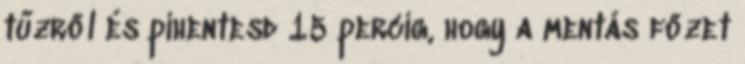
tűzről és pihentesd 15 percig, hogy a mentás főzet